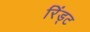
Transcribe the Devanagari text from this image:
रिंड्ट